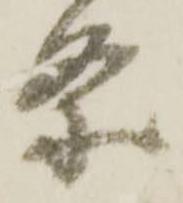
条